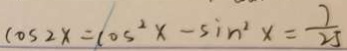
\cos 2 x = \cos ^ { 2 } x - \sin ^ { 2 } x = \frac { 7 } { 2 5 }